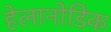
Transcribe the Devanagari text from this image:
हेलानोडिक